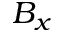
B _ { x }